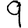
Digit: 9